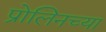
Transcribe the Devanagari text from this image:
प्रोलिनच्या